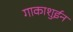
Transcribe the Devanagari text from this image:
गाकाशुईन